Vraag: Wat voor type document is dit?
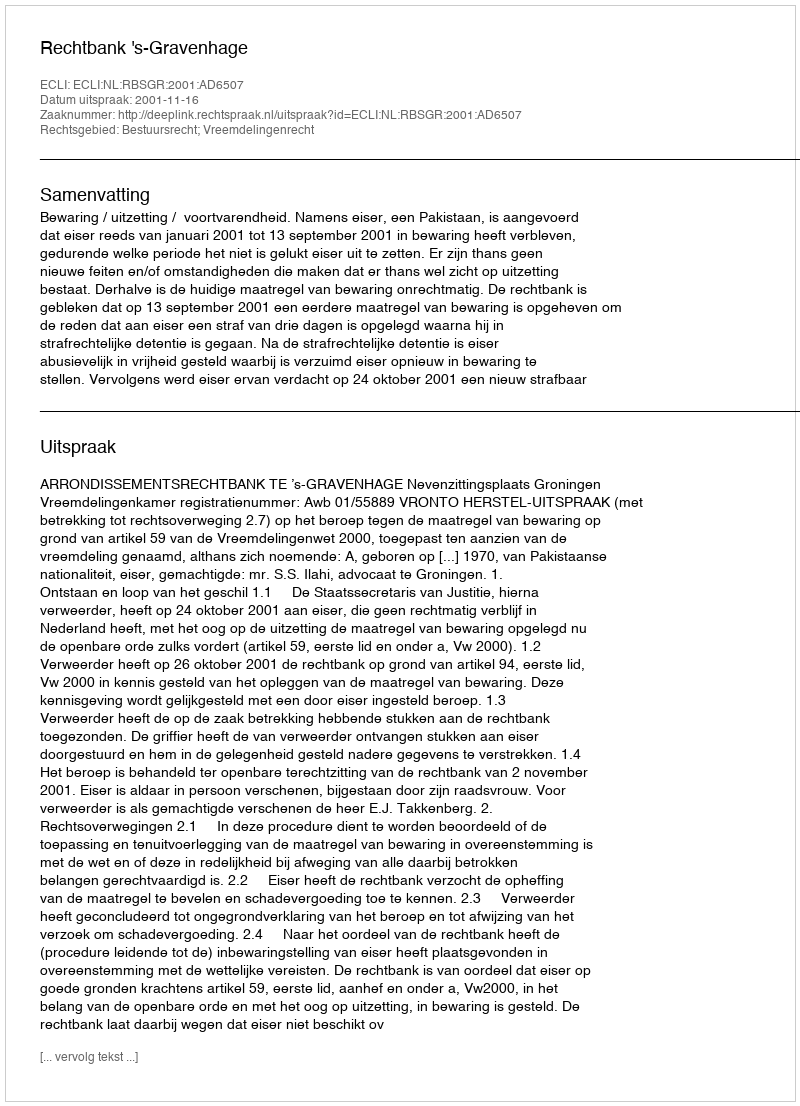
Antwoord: Uitspraak